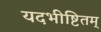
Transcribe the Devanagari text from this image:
यदभीष्टितम्